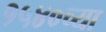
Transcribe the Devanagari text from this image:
१५४०च्या